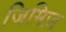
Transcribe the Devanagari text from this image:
जिमिज़